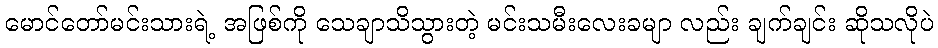
မောင်တော်မင်းသားရဲ့ အဖြစ်ကို သေချာသိသွားတဲ့ မင်းသမီးလေးခမျာ လည်း ချက်ချင်း ဆိုသလိုပဲ